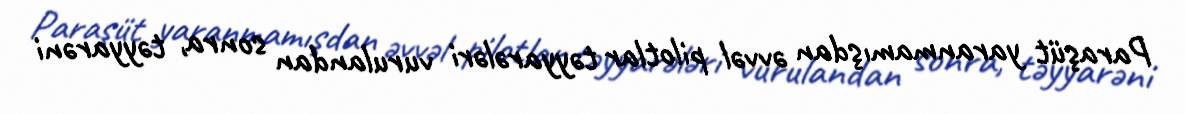
Paraşüt yaranmamışdan əvvəl pilotlar təyyarələri vurulandan sonra, təyyarəni